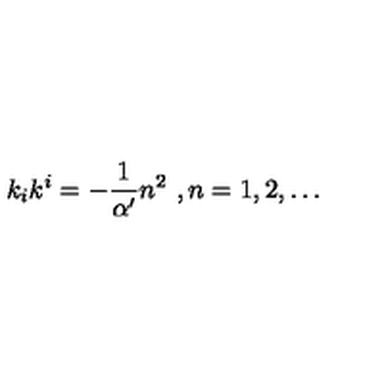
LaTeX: k _ { i } k ^ { i } = - \frac { 1 } { \alpha ^ { \prime } } n ^ { 2 } \ , n = 1 , 2 , \dots